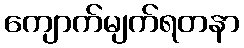
ကျောက်မျက်ရတနာ